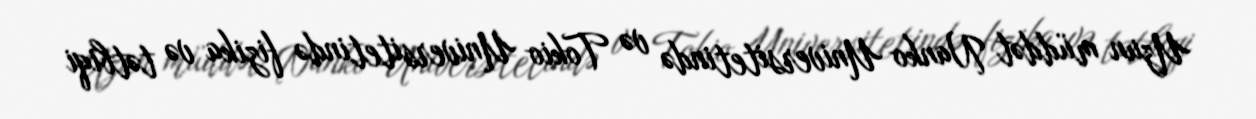
Uzun müddət Nanko Universitetində və Tokio Universitetində fizika və tətbiqi